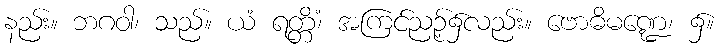
နည်း။ ဘဂဝါ၊ သည်။ ယံ ရတ္တိံ၊ အကြင်ညဉ့်၌လည်း။ ဗောဓိမဏ္ဍေ၊ ၌။